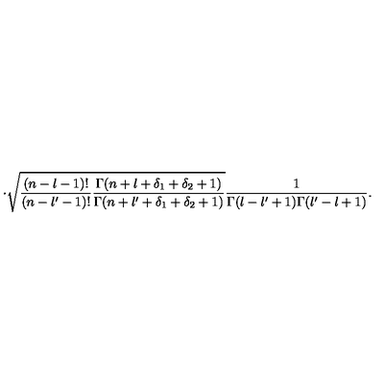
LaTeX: \cdot \sqrt { \frac { ( n - l - 1 ) ! } { ( n - l ^ { \prime } - 1 ) ! } \frac { \Gamma ( n + l + \delta _ { 1 } + \delta _ { 2 } + 1 ) } { \Gamma ( n + l ^ { \prime } + \delta _ { 1 } + \delta _ { 2 } + 1 ) } } \frac { 1 } { \Gamma ( l - l ^ { \prime } + 1 ) \Gamma ( l ^ { \prime } - l + 1 ) } .